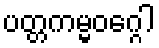
ပတ္တကမ္မဝဂ္ဂေါ